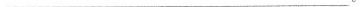
___。